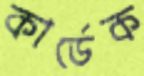
কার্ডেক